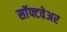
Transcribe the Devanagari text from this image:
साॅफ्टवेअर